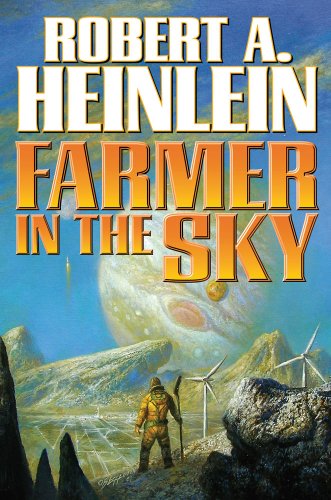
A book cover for Farmer in the Sky; Robert A. Heinlein; Science Fiction & Fantasy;